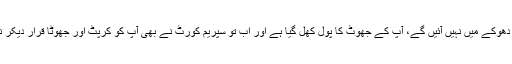
اب لوگ مزید آپ کے دھوکے میں نہیں آئیں گے، آپ کے جھوٹ کا پول کھل گیا ہے اور اب تو سپریم کورٹ نے بھی آپ کو کرپٹ اور جھوٹا قرار دیکر نا اہل قرار دے دیا ہے۔